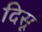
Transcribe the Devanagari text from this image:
दिसूं